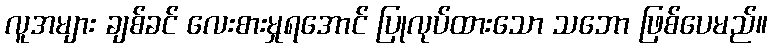
လူအများ ချစ်ခင် လေးစားမှုရအောင် ပြုလုပ်ထားသော သဘော ဖြစ်ပေမည်။